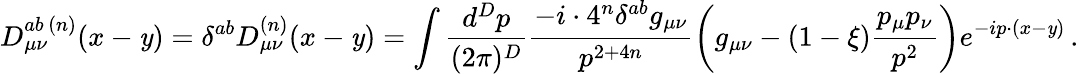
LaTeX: D_{\mu\nu}^{ab\, (n)}(x-\mathit{y})=\delta^{ab}D_{\mu\nu}^{(n)}(x-\mathit{y})=\int\frac{{d^{D}p}}{{(2\pi)^{D}}}\frac{{-i\cdot4^{n}\delta^{ab}g_{\mu\nu}}}{{p^{2+4n}}}\bigg(g_{\mu\nu}-(1-\xi)\frac{{p_{\mu}p_{\nu}}}{{p^{2}}}\bigg)e^{-ip\cdot(x-\mathit{y})}\, .